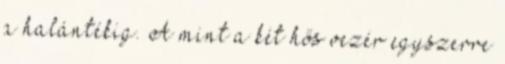
a halántékig. A mint a két hős vezér egyszerre